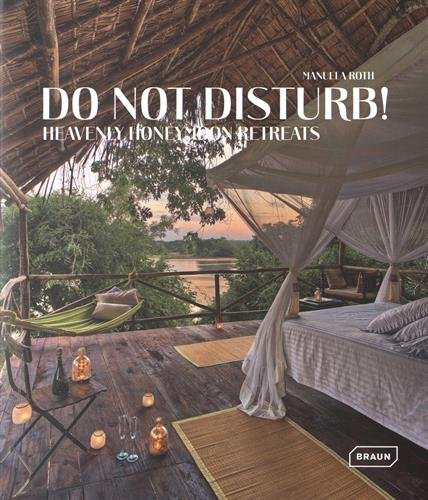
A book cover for Do Not Disturb!: Heavenly Honeymoon Retreats; Manuela Roth; Crafts, Hobbies & Home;